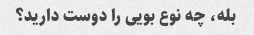
بله، چه نوع بویی را دوست دارید؟